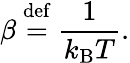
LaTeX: \beta\ {\stackrel{\mathrm{def}}{=}}\ {\frac{1}{k_{\mathrm{B}}T}}.